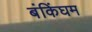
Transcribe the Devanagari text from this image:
बंकिंघम